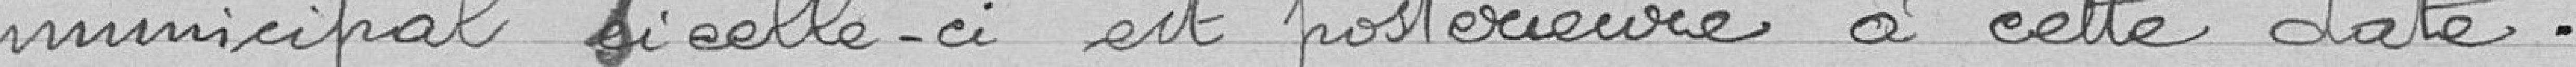
municipal si celle ci est postérieure à cette date.